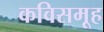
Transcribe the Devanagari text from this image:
कविसमूह